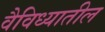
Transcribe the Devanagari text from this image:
वैविध्यातील